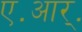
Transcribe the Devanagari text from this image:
ए॰आर्॰